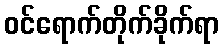
ဝင်ရောက်တိုက်ခိုက်ရာ